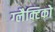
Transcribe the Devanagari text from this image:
ग्‍लैक्टिको